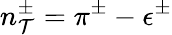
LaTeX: n_{\mathcal{T}}^{\pm}=\pi^{\pm}-\epsilon^{\pm}